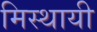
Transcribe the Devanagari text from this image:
मिस्थायी